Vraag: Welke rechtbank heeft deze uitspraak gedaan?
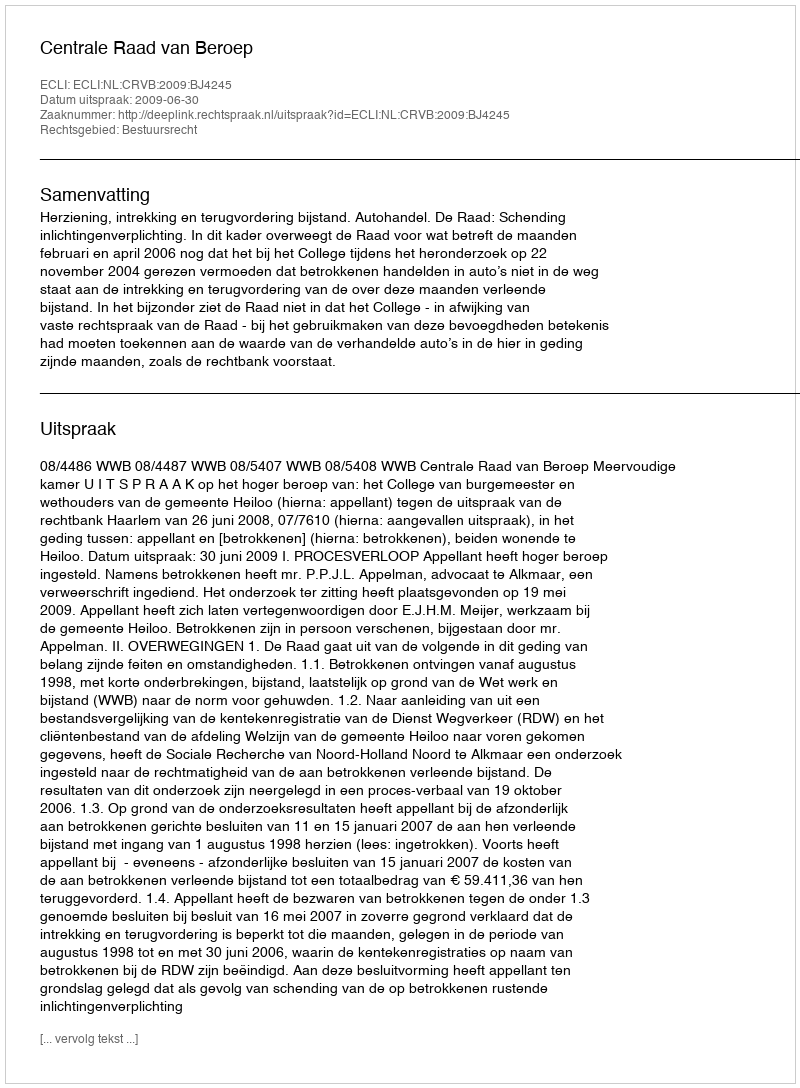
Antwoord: Centrale Raad van Beroep